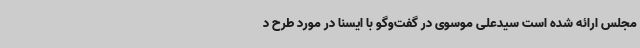
مجلس ارائه شده است سیدعلی موسوی در گفت‌وگو با ایسنا در مورد طرح د